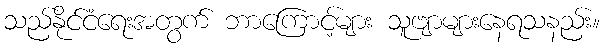
သည်နိုင်ငံရေးအတွက် ဘာကြောင့်များ သူဗျာများနေရသနည်း။